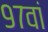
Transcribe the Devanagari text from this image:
९७वां